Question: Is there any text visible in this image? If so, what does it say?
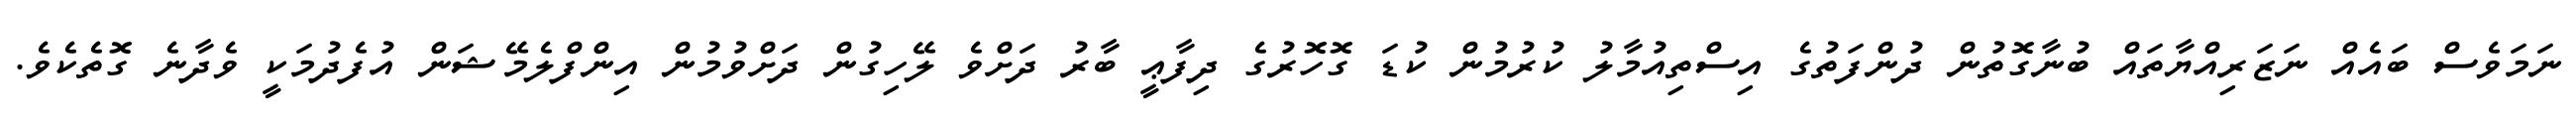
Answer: ނަމަވެސް ބައެއް ނަޒަރިއްޔާތައް ބުނާގޮތުން ދުންފަތުގެ އިސްތިއުމާލު ކުރުމުން ކުޑަ ގޮހޮރުގެ ދިފާޢީ ބާރު ދަށްވެ ލޭހިގުން ދަށްވުމުން އިންފްލެމޭޝަން އުފެދުމަކީ ވެދާނެ ގޮތެކެވެ.